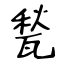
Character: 甃